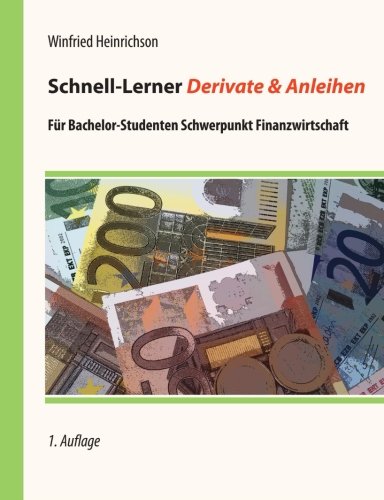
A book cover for Schnell-Lerner Derivate & Anleihen: FÃ¼r Bachelor-Studenten mit Schwerpunkt Finanzwirtschaft (German Edition); Winfried Heinrichson; Business & Money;